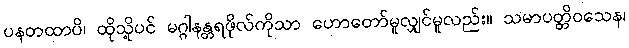
ပနတထာပိ၊ ထိုသို့ပင် မဂ္ဂါနန္တရဖိုလ်ကိုသာ ဟောတော်မူလျှင်မူလည်း။ သမာပတ္တိဝသေန၊